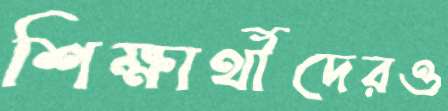
শিক্ষার্থীদেরও